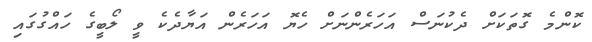
ކޮންމެ ގޮތަކަށް ދެކުނަސް އަހަރެންނަށް ހެޔޮ އަހަރެން އަޔާދެކެ ވީ ލޯބީގެ ހައްގުގައި